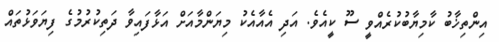
އިންތިޚާބު ކާމިޔާބުކުރެއްވީ ސޫ ކީއެވެ. އަދި އެއާއެކު މިޔަންމާއަށް އަޅާފައިވާ ދަތިކުރުމުގެ ފިޔަވަޅުތައް